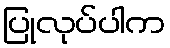
ပြုလုပ်ပါက